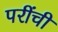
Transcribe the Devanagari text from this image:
परींची